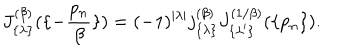
J _ { \{ \lambda \} } ^ { ( \beta ) } ( \{ - { \frac { p _ { n } } { \beta } } \} ) = ( - 1 ) ^ { | \lambda | } j _ { \{ \lambda \} } ^ { ( \beta ) } J _ { \{ \lambda ^ { \prime } \} } ^ { ( 1 / \beta ) } ( \{ p _ { n } \} ) .